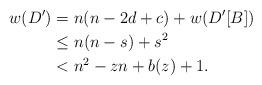
LaTeX: \begin{align*}w(D^\prime) &= n(n-2d+c) + w(D'[B])\\&\le n(n-s) + s^2\\&< n^2 - zn + b(z) + 1.\end{align*}